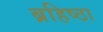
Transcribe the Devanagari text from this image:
ब्रहिष्ठा